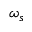
\omega _ { s }